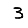
Digit: 3